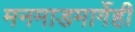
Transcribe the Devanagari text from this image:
मनमाडमार्गेही